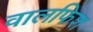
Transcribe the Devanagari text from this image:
वालफिश